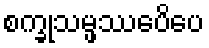
စက္ခုသမ္ဖဿေပိပေ